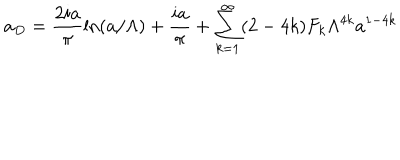
a _ { D } = \frac { 2 i a } { \pi } \ln ( a / \Lambda ) + \frac { i a } { \pi } + \sum _ { k = 1 } ^ { \infty } ( 2 - 4 k ) F _ { k } \Lambda ^ { 4 k } a ^ { 1 - 4 k }